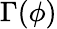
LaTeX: \Gamma(\phi)